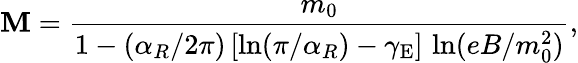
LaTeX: \mathbf{M}=\frac{{m_{0}}}{{1-(\alpha_{R}/2\pi)\, [\ln(\pi/\alpha_{R})-\gamma_{\mathrm{{E}}}]\, \ln(eB/m_{0}^{2})}},